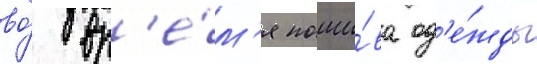
во́ вр'е́м'я поши́ва од'е́жды